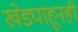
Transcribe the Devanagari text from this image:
खेड्याहूनही